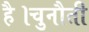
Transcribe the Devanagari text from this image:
है।चुनौती